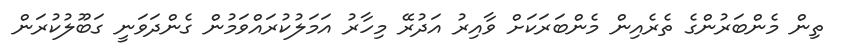
ތިން މެންބަރުންގެ ތެރެއިން މެންބަރަކަށް ވާއިރު އަދުރޭ މިހާރު އަމަލުކުރައްވަމުން ގެންދަވަނީ ގަބޫލުކުރަން